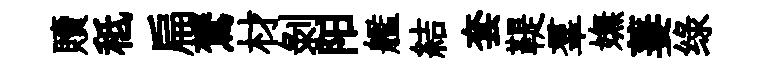
贖秪扁鷟材剝阳艦結套鞮羣嫵萋绿